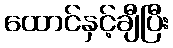
ထောင်နှင့်ချီပြီး